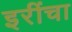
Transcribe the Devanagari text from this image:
इरींचा